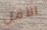
الأقل